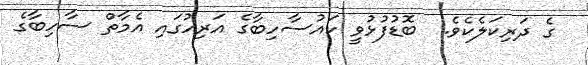
ގެ ދަރިކަލެކެވެ.  ބޮޑުފުޅުވީ ކައުސާހިބާގެ އަރިހުގައި އެމާތް ސާހިބާގެ